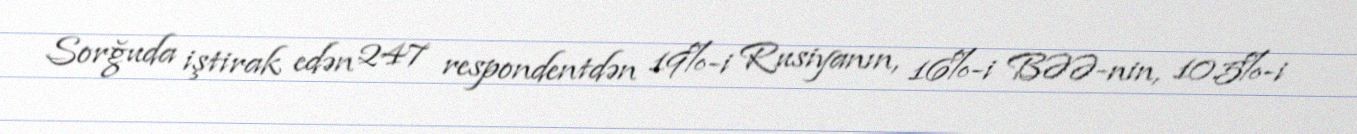
Sorğuda iştirak edən 247 respondentdən 19%-i Rusiyanın, 16%-i BƏƏ-nin, 10.5%-i